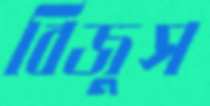
বিজুস